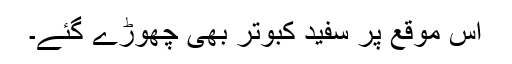
اس موقع پر سفید کبوتر بھی چھوڑے گئے۔